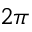
2 \pi